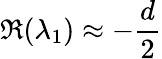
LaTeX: \Re(\lambda_{1})\approx-\frac{d}{2}